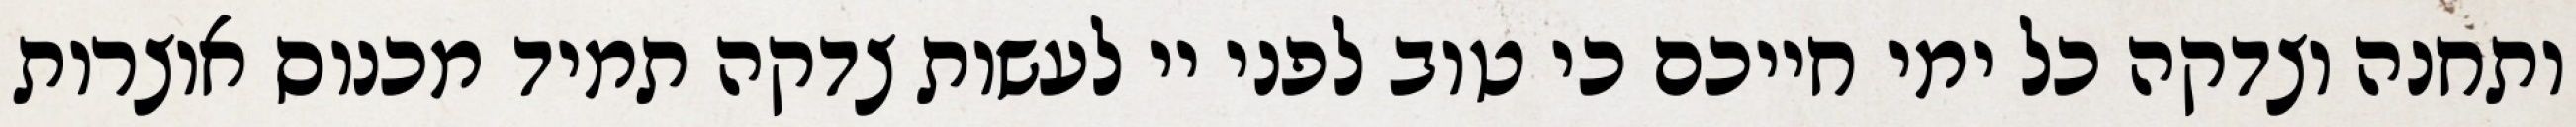
ותחנה וצדקה כל ימי חייכם כי טוב לפני יי לעשות צדקה תמיד מכנוס אוצרות